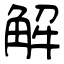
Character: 解